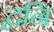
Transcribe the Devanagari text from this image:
द्वनि